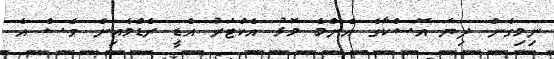
ނިމިގެން ދިޔަ އޮސްކާގެ އެންމެ މޮޅު އެކްޓަރު އެޑީ ރެޑްމެއިން ވެސް އެ